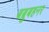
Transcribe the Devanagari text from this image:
बब्रुबहनर